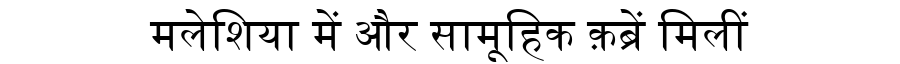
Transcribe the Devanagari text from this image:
मलेशिया में और सामूहिक क़ब्रें मिलीं